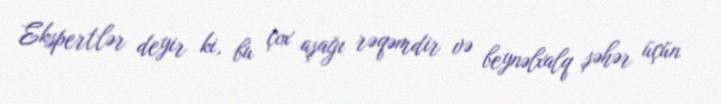
Ekspertlər deyir ki, bu çox aşağı rəqəmdir və beynəlxalq şəhər üçün